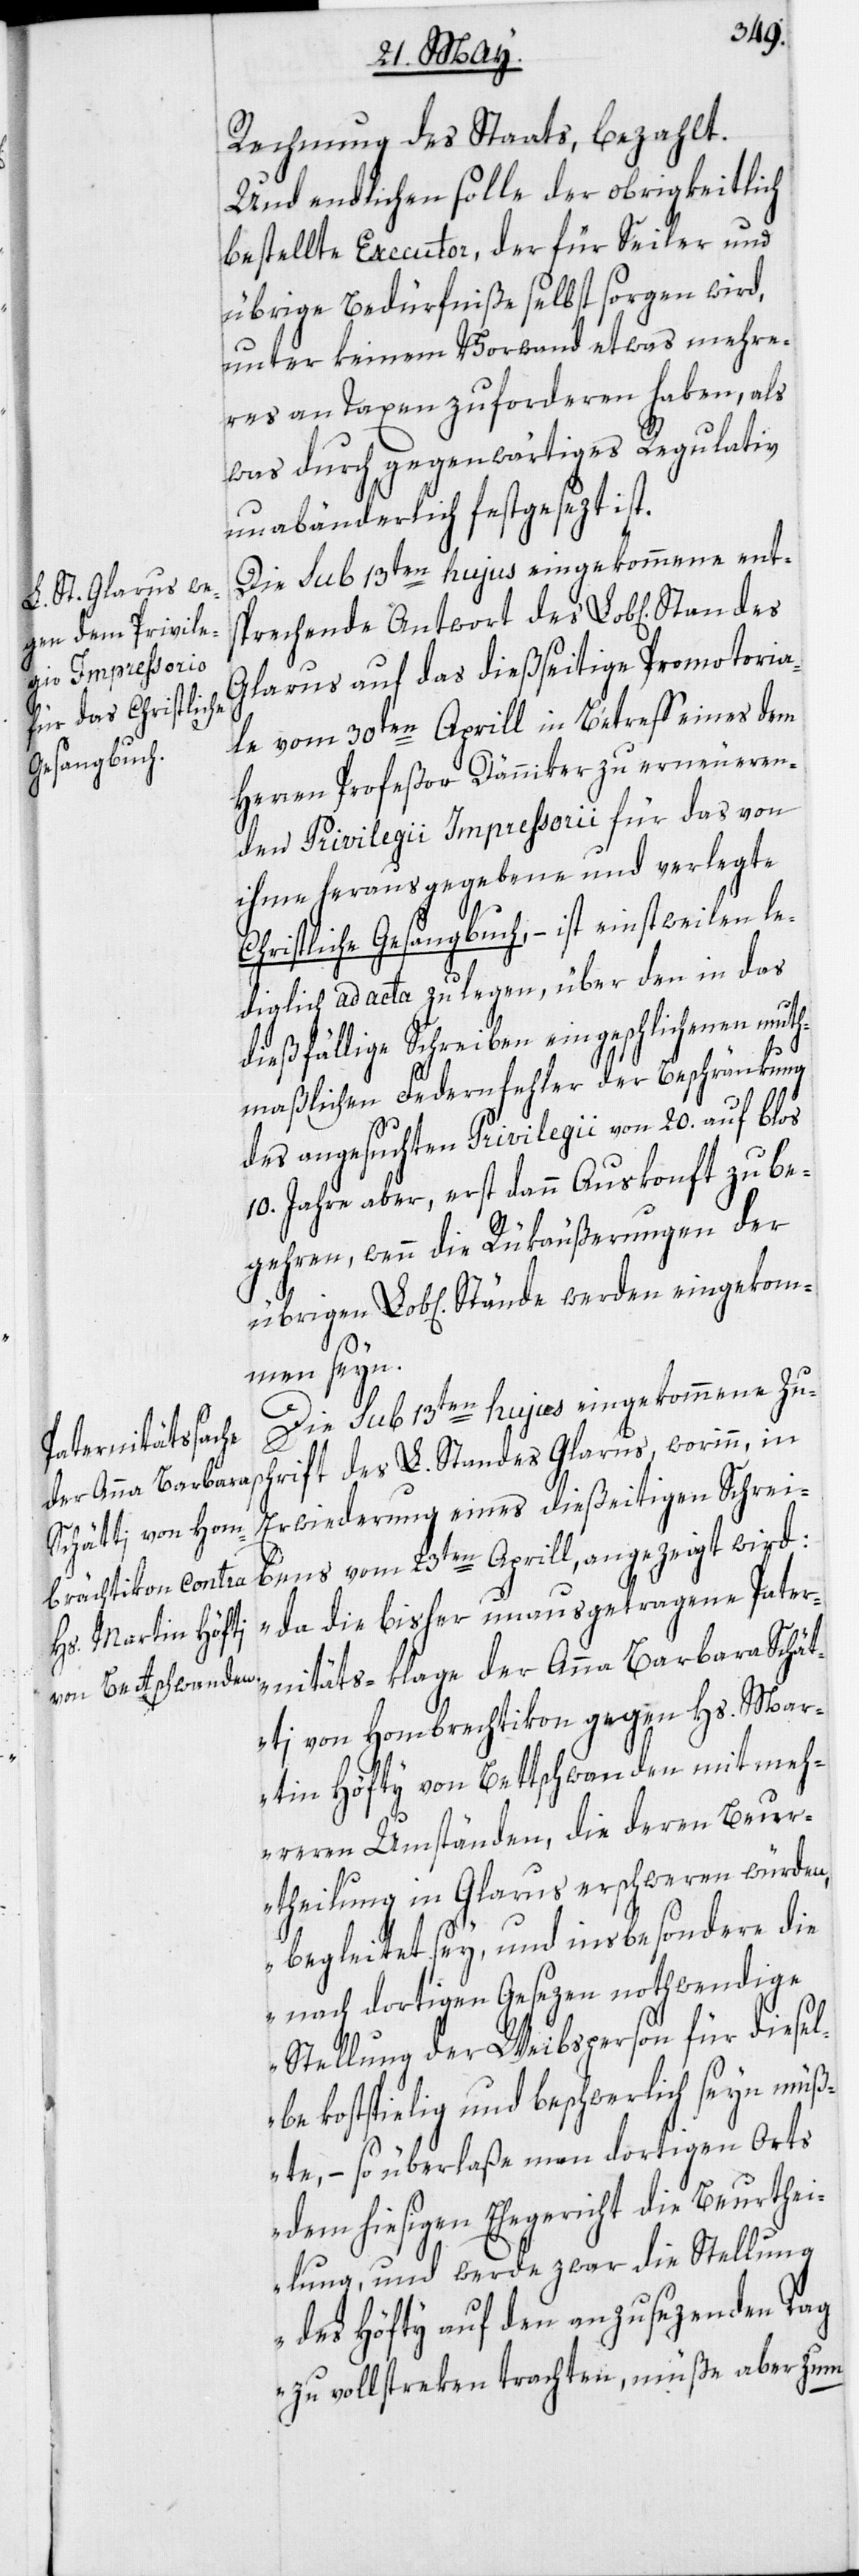
gehren, wenn
von Bettschwanden

Rechnung des Staats, bezahlt.
Und endlichen solle der obrigkeitlich
bestellte Executor, der für Seiler und
übrige Bedürfniße selbst sorgen wird,
unter keinem Vorwand etwas mehre¬
res an Taxen zu forderen haben, als
was durch gegenwärtiges Regulativ
unabänderlich festgesezt ist.
Die sub 13ten hujus eingekommene ent¬
sprechende Antwort des Lob[lichen]
Glarus auf das dießseitige Promotoria¬
le vom 30ten Aprill in Betreff eines dem
Herren Profeßor Dänniker zu erneueren¬
den Privilegii Impressorii für das von
ihme herausgegebene und verlegte
Christliche Gesangbuch, – ist einstweilen le¬
diglich ad acta zu legen, über den in das
dießfällige Schreiben eingeschlichenen muth¬
maßlichen Federnfehler der Beschränkung
des angesuchten Privilegii von 20. auf blos
10. Jahre aber, erst dann Auskonft zu be¬
Lob[lichen] Stände werden eingekom¬
men seyn.
Die sub 13ten hujus eingekommene Zus¬
chrift des L. Standes Glarus, worinn, in
Erwiederung eines dießeitigen Schrei¬
bens vom 23ten Aprill, angezeigt wird:
„da die bisher unausgetragene Pater¬
nitäts-klage der Anna Barbara Schät¬
ti von Hombrechtikon gegen Hs. Martin
mehreren Umständen, die deren Beur¬
theilung in Glarus erschweren würden,
begleitet sey, und insbesondere die
nach dortigen Gesezen nothwendige
Stellung der Weibsperson für diesel¬
be kostspielig und beschwerlich seyn müß¬
te, – so überlaße man dortigen Orts
dem hiesigen Ehegericht die Beurthei¬
lung, und werde zwar die Stellung
des Höfty auf den anzusezenden Tag
zu vollstreken trachten, müße aber zum